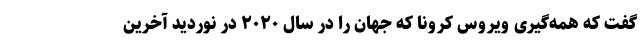
گفت که همه‌گیری ویروس کرونا که جهان را در سال ۲۰۲۰ در نوردید آخرین